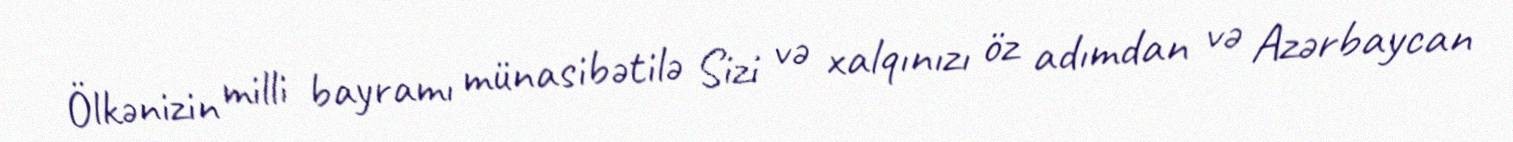
Ölkənizin milli bayramı münasibətilə Sizi və xalqınızı öz adımdan və Azərbaycan